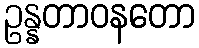
ဥန္နတာဝနတော